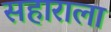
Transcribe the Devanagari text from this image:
सहाराला